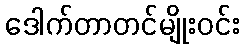
ဒေါက်တာတင်မျိုးဝင်း